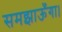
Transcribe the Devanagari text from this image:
समझाऊँगा।